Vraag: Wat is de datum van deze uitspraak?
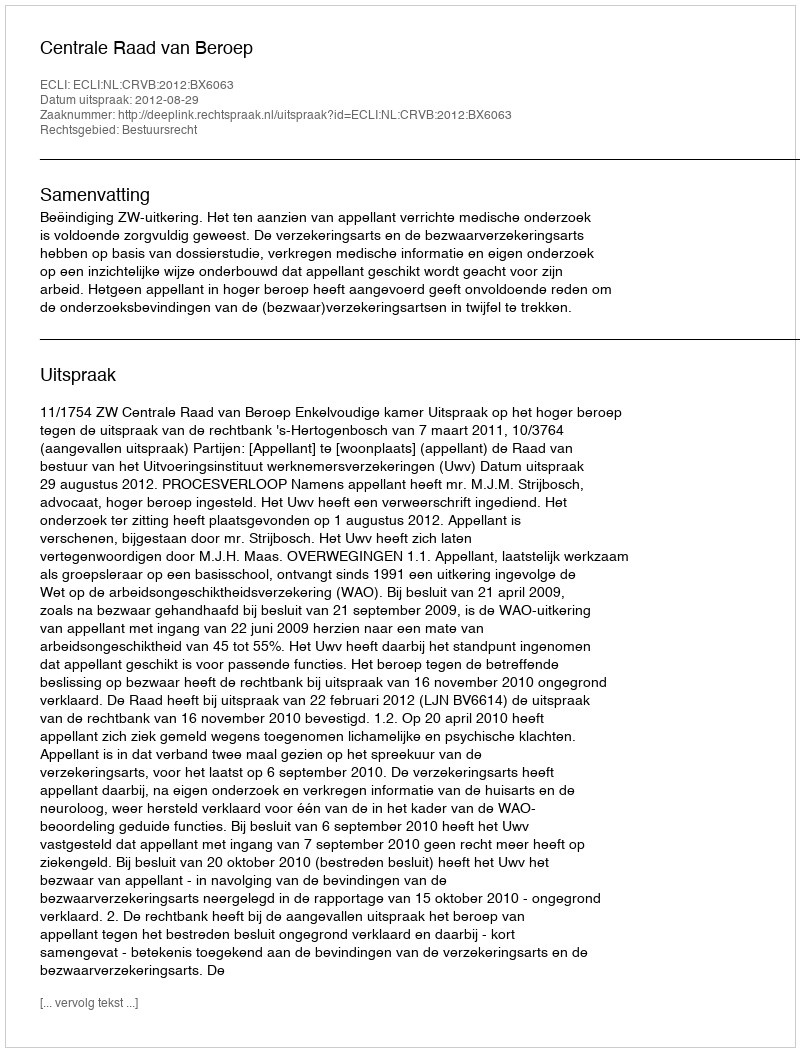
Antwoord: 2012-08-29